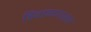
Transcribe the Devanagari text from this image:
हिवाळयातच